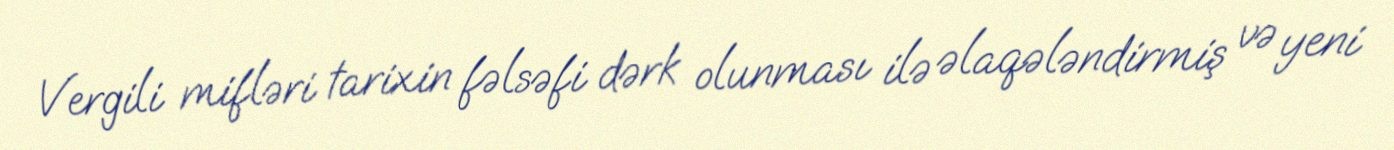
Vergili mifləri tarixin fəlsəfi dərk olunması ilə əlaqələndirmiş və yeni